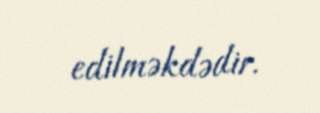
edilməkdədir.